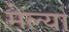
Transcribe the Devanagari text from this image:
मेल्‍या